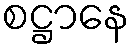
စဋ္ဌာနေ